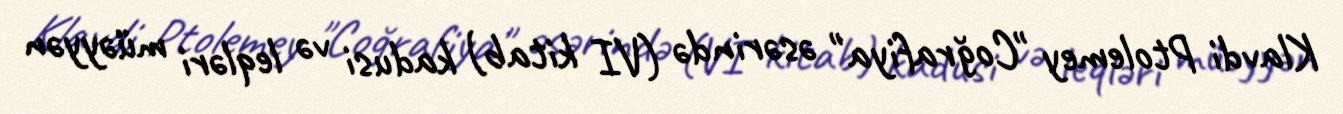
Klavdi Ptolemey "Coğrafiya" əsərində (VI kitab) kadusi və leqləri müəyyən